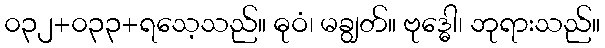
၀၃၂+၀၃၃+ရသေ့သည်။ ဓုဝံ၊ မချွတ်။ ဗုဒ္ဓေါ၊ ဘုရားသည်။